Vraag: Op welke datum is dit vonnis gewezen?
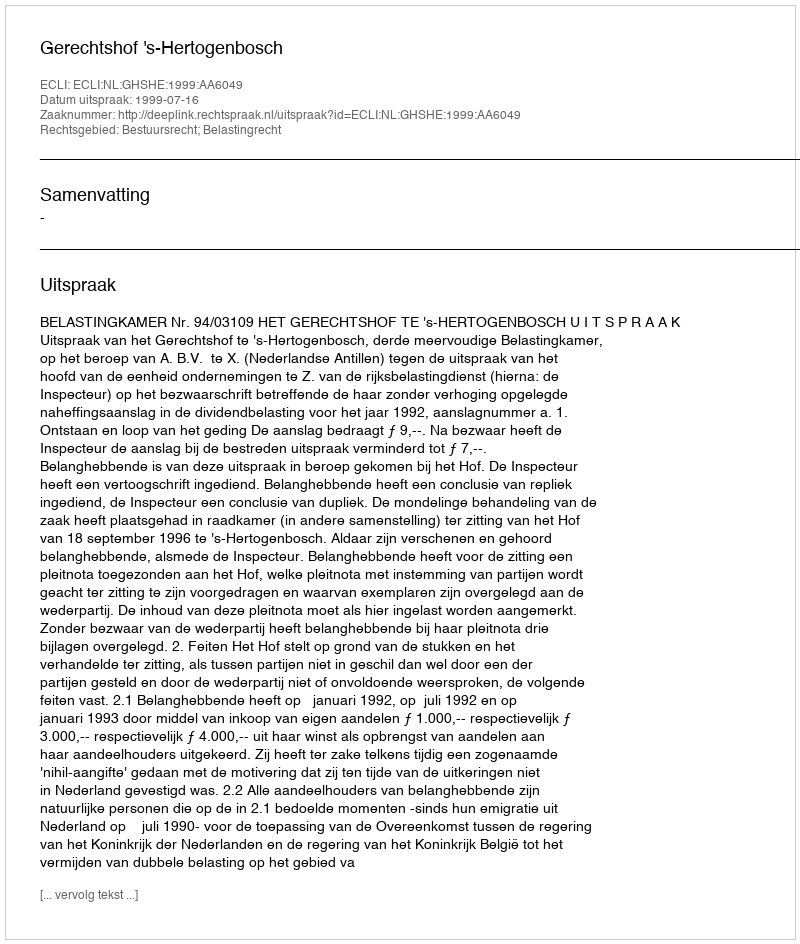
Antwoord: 1999-07-16